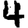
Digit: 4